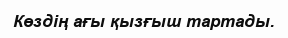
Көздің ағы қызғыш тартады.